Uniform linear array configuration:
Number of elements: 64
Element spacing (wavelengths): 0.25
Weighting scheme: binomial
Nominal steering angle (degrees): -15
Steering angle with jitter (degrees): -14.535
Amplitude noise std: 0.05
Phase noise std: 0.05

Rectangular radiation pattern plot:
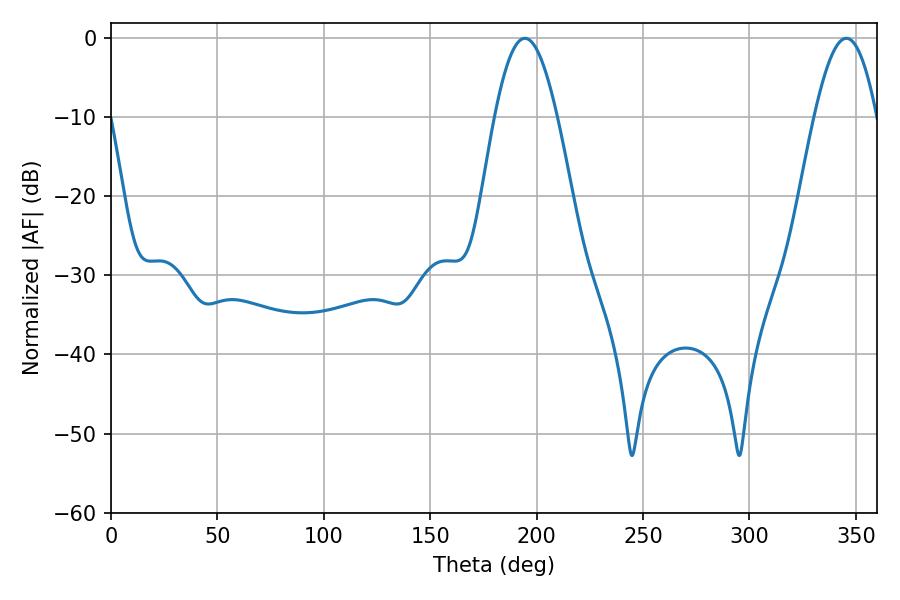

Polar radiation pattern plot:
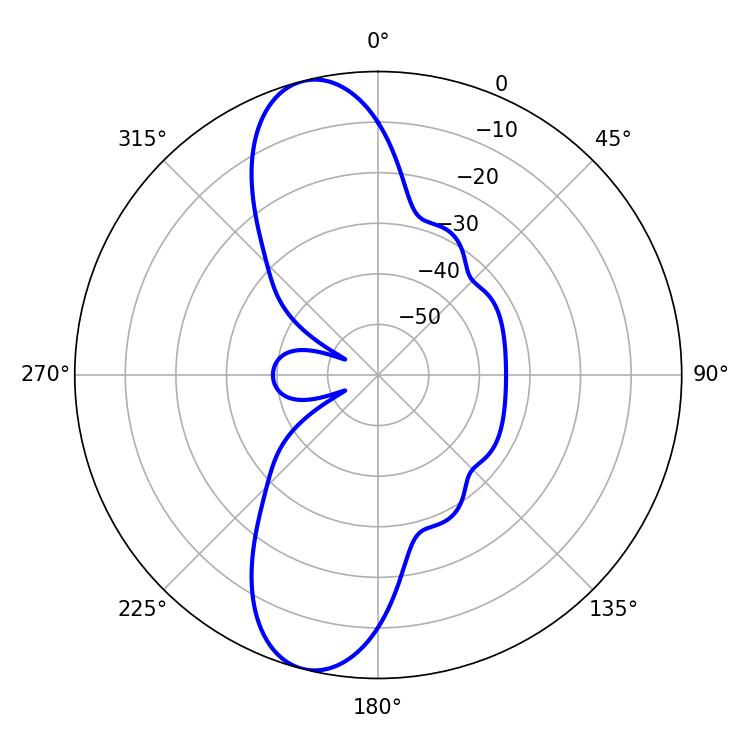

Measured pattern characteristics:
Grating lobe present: FALSE
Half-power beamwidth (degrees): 15.84
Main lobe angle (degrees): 345.6